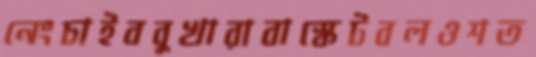
নেংচাইববুখারাবাস্কেটবলওশত